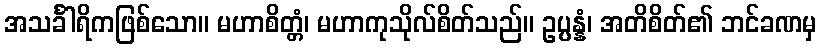
အသင်္ခါရိကဖြစ်သော။ မဟာစိတ္တံ၊ မဟာကုသိုလ်စိတ်သည်။ ဥပ္ပန္နံ၊ အတိစိတ်၏ ဘင်ခဏမှ